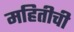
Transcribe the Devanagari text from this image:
महितीची